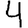
Digit: 4